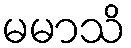
မမာသိ